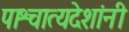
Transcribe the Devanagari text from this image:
पाश्चात्यदेशांनी